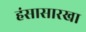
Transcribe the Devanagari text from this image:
हंसासारखा